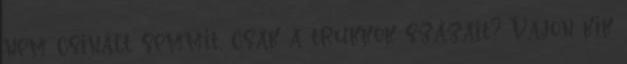
nem csinált semmit, csak a trükkök százait? Vajon kik